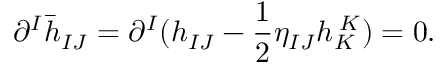
\partial ^ { I } \bar { h } _ { I J } = \partial ^ { I } ( h _ { I J } - \frac { 1 } { 2 } \eta _ { I J } h _ { K } ^ { \; K } ) = 0 .